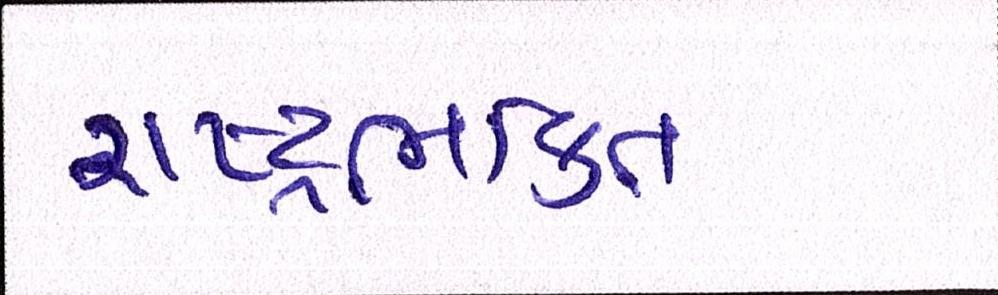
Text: રાષ્ટ્રભક્તિ